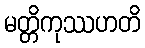
မတ္တိကုဿဟတိ